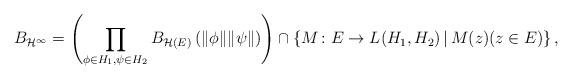
LaTeX: \begin{align*}B_{\mathcal{H}^{\infty}}=\left(\prod_{\phi\in H_{1},\psi\in H_{2}}B_{\mathcal{H}(E)}\left(\|\phi\|\|\psi\|\right)\right)\cap\left\{ M\colon E\to L(H_{1},H_{2})\,|\, M(z)(z\in E)\right\} ,\end{align*}